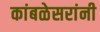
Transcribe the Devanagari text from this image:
कांबळेसरांनी